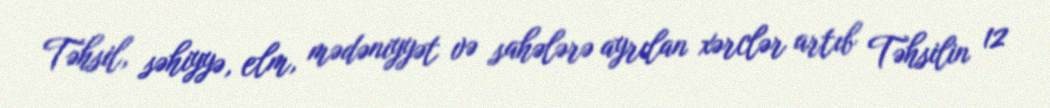
Təhsil, səhiyyə, elm, mədəniyyət və sahələrə ayrılan xərclər artıb Təhsilin 12